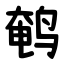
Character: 鹌